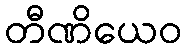
တီဏိယေဝ